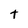
Character: t